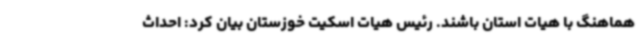
هماهنگ با هیات استان باشند. رئیس هیات اسکیت خوزستان بیان کرد: احداث